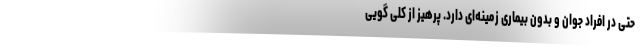
حتی در افراد جوان و بدون بیماری زمینه‌ای دارد. پرهیز از کلی گویی